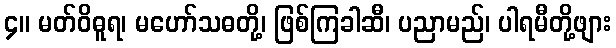
၄။ မတ်ဝိဓူရ၊ မဟော်သဓတို့၊ ဖြစ်ကြခါဆီ၊ ပညာမည်၊ ပါရမီတို့ဖျား